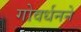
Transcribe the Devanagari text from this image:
गोवर्धनने